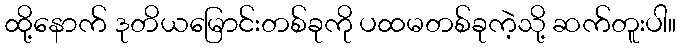
ထို့နောက် ဒုတိယမြောင်းတစ်ခုကို ပထမတစ်ခုကဲ့သို့ ဆက်တူးပါ။